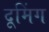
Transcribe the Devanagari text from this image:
दूमिंग